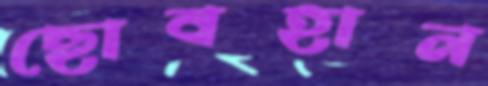
ছোবহান